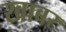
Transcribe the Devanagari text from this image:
खाबर